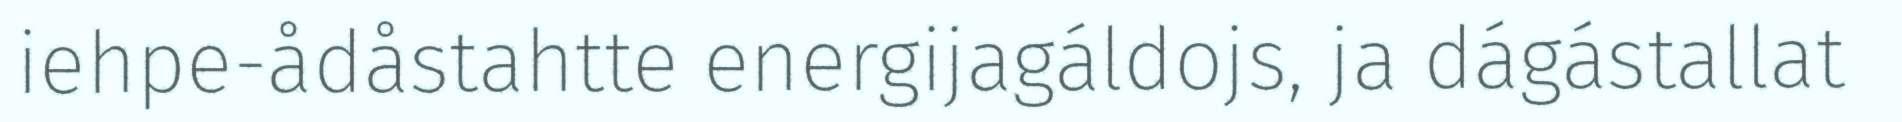
iehpe-ådåstahtte energijagáldojs, ja dágástallat